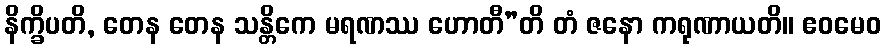
နိက္ခိပတိ, တေန တေန သန္တိကေ မရဏဿ ဟောတီ”တိ တံ ဇနော ကရုဏာယတိ။ ဧဝမေဝ